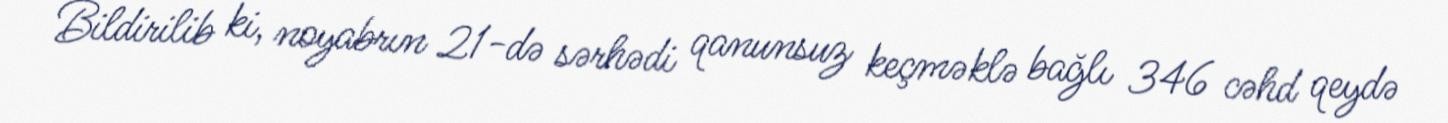
Bildirilib ki, noyabrın 21-də sərhədi qanunsuz keçməklə bağlı 346 cəhd qeydə